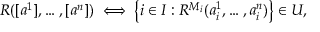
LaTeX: R ( [ a ^ { 1 } ] , \dots , [ a ^ { n } ] ) \iff \left\{ i \in I : R ^ { M _ { i } } ( a _ { i } ^ { 1 } , \dots , a _ { i } ^ { n } ) \right\} \in U ,